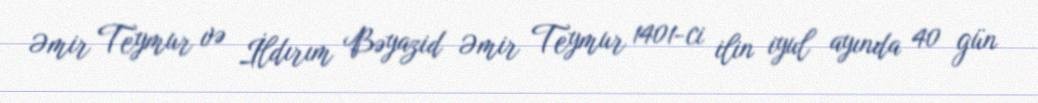
Əmir Teymur və İldırım Bəyazid Əmir Teymur 1401-ci ilin iyul ayında 40 gün